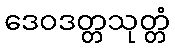
ဒေဝဒတ္တသုတ္တံ